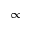
\propto